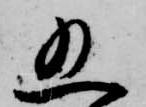
五